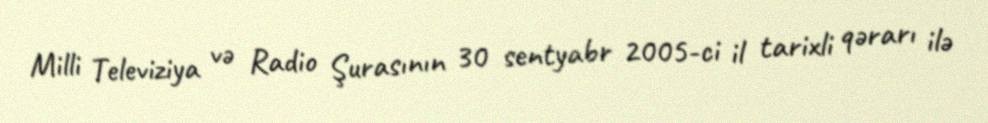
Milli Televiziya və Radio Şurasının 30 sentyabr 2005-ci il tarixli qərarı ilə